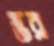
স্তর